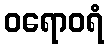
ဝရောဝရံ